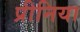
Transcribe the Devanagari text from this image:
प्रीनिया